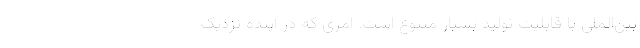
بین‌الملی با قابلیت تولید بسیار متنوع است. امری که در آینده نزدیک